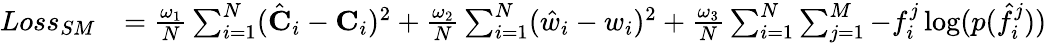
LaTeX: \begin{array}{rl}{Loss_{SM}}&{=\frac{\omega_{1}}{N}\sum_{i=1}^{N}(\hat{\textbf{C}}_{i}-\textbf{C}_{i})^{2}+\frac{\omega_{2}}{N}\sum_{i=1}^{N}(\hat{w}_{i}-w_{i})^{2}+\frac{\omega_{3}}{N}\sum_{i=1}^{N}\sum_{j=1}^{M}-f_{i}^{j}\log(p(\hat{f}_{i}^{j}))}\end{array}